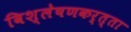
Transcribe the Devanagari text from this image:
विश्लेषणकर्त्ता